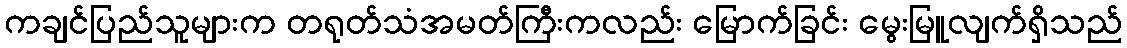
ကချင်ပြည်သူများက တရုတ်သံအမတ်ကြီးကလည်း မြောက်ခြင်း မွေးမြူလျက်ရှိသည်